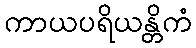
ကာယပရိယန္တိကံ